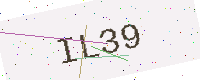
Text: IL39